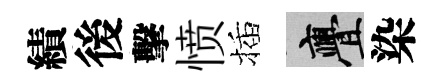
績後擊愤插亹染